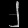
Digit: ၂